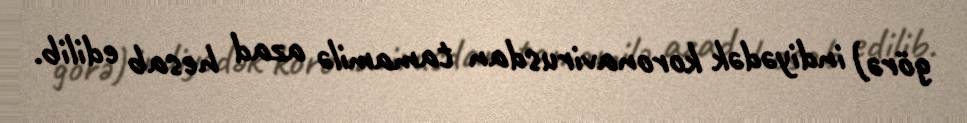
görə) indiyədək koronavirusdan tamamilə azad hesab edilib.